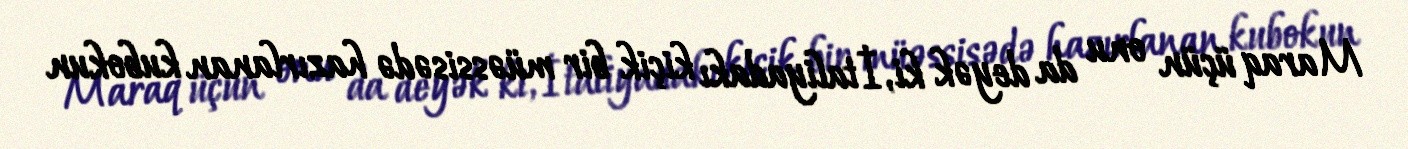
Maraq üçün onu da deyək ki, İtaliyadakı kiçik bir müəssisədə hazırlanan kubokun